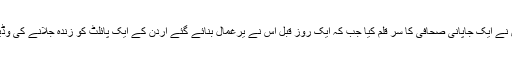
رواں ہفتے ہی اس نے ایک جاپانی صحافی کا سر قلم کیا جب کہ ایک روز قبل اس نے یرغمال بنائے گئے اردن کے ایک پائلٹ کو زندہ جلانے کی وڈیو بھی جاری کی۔